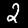
Digit: 2